Some observations on the morphology and mechanism of the parts in the orthorrapha - Number 58
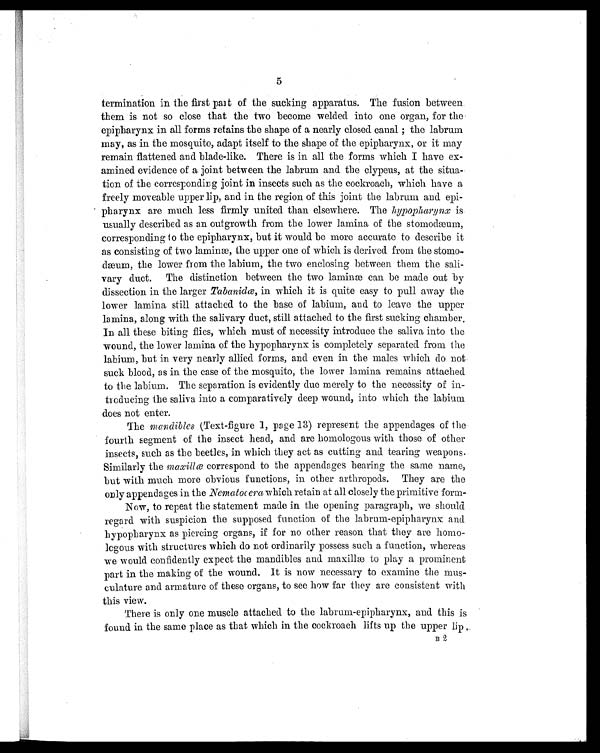
5
termination in the first part of the sucking apparatus. The fusion between
them is not so close that the two become welded into one organ, for the
epipharynx in all forms retains the shape of a nearly closed canal ; the labrum
may, as in the mosquito, adapt itself to the shape of the epipharynx, or it may
remain flattened and blade-like. There is in all the forms which I have ex-
amined evidence of a joint between the labrum and the clypeus, at the situa-
tion of the corresponding joint in insects such as the cockroach, which have a
freely moveable upper lip, and in the region of this joint the labrum and epi-
pharynx are much less firmly united than elsewhere. The hypopharynx is
usually described as an outgrowth from the lower lamina of the stomodæum,
corresponding to the epipharynx, but it would be more accurate to describe it
as consisting of two laminæ, the upper one of which is derived from the stomo
-dæum, the lower from the labium, the two enclosing between them the sali-
vary duct. The distinction between the two laminæ can be made out by
dissection in the larger Tabanidœ, in which it is quite easy to pull away the
lower lamina still attached to the base of labium, and to leave the upper
lamina, along with the salivary duct, still attached to the first sucking chamber.
In all these biting flies, which must of necessity introduce the saliva into the
wound, the lower lamina of the hypopharynx is completely separated from the
labium, but in very nearly allied forms, and even in the males which do not
suck blood, as in the case of the mosquito, the lower lamina remains attached
to the labium. The separation is evidently due merely to the necessity of in-
troducing the saliva into a comparatively deep wound, into which the labium
does not enter.
The mandibles (Text-figure 1, page 13) represent the appendages of the
fourth segment of the insect head, and are homologous with those of other
insects, such as the beetles, in which they act as cutting and tearing weapons.
Similarly the maxillœ correspond to the appendages bearing the same name,
but with much more obvious functions, in other arthropods. They are the
only appendages in the Nematocera which retain at all closely the primitive form-
Now, to repeat the statement made in the opening paragraph, we should
regard with suspicion the supposed function of the labrum-epipharynx and
hypopharynx as piercing organs, if for no other reason that they are homo-
legous with structures which do not ordinarily possess such a function, whereas
we would confidently expect the mandibles and maxillæ to play a prominent
part in the making of the wound. It is now necessary to examine the mus-
culature and armature of these organs, to see how far they are consistent with
this view.
There is only one muscle attached to the labrum-epipharynx, and this is
found in the same place as that which in the cockroach lifts up the upper lip
B 2